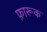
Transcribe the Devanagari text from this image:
फ़ारूक